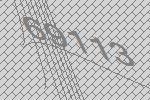
69113